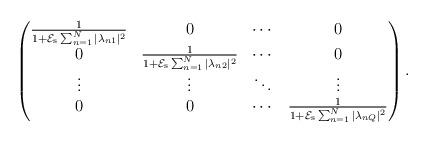
LaTeX: \begin{align*}\begin{pmatrix}\frac{1}{1+\mathcal{E}_{\mathrm{s}}\sum_{n=1}^{N}|\lambda_{n1}|^2} & 0 & \cdots & 0 \\0 & \frac{1}{1+\mathcal{E}_{\mathrm{s}}\sum_{n=1}^{N}|\lambda_{n2}|^2} & \cdots & 0 \\\vdots & \vdots & \ddots & \vdots \\0 & 0 & \cdots & \frac{1}{1+\mathcal{E}_{\mathrm{s}}\sum_{n=1}^{N}|\lambda_{nQ}|^2}\end{pmatrix}.\end{align*}